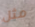
مثل